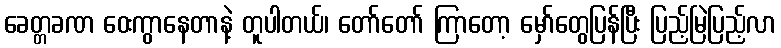
ခေတ္တခဏ ဝေးကွာနေတာနဲ့ တူပါတယ်၊ တော်တော် ကြာတော့ မှော်တွေပြန်ပြီး ပြည့်မြဲပြည့်လာ